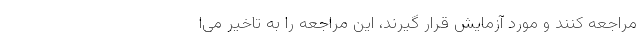
مراجعه کنند و مورد آزمایش قرار گیرند، این مراجعه را به تاخیر می‌ا